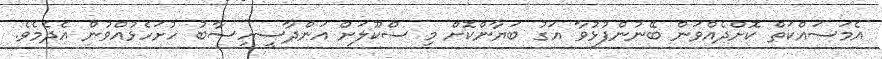
އެމަސައްކަތް ކޮށްދެއްވަން ބޭނުންފުޅުވާ އަގު ބަޔާންކޮށް މި ސްކޫލަށް އަންދާސީހިސާބު ހުށަހެޅުއްވުން އެދެމެވެ.